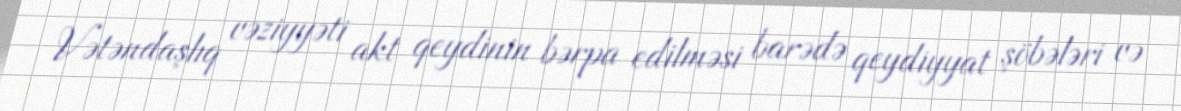
Vətəndaşlıq vəziyyəti akt qeydinin bərpa edilməsi barədə qeydiyyat şöbələri və